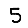
Digit: 5